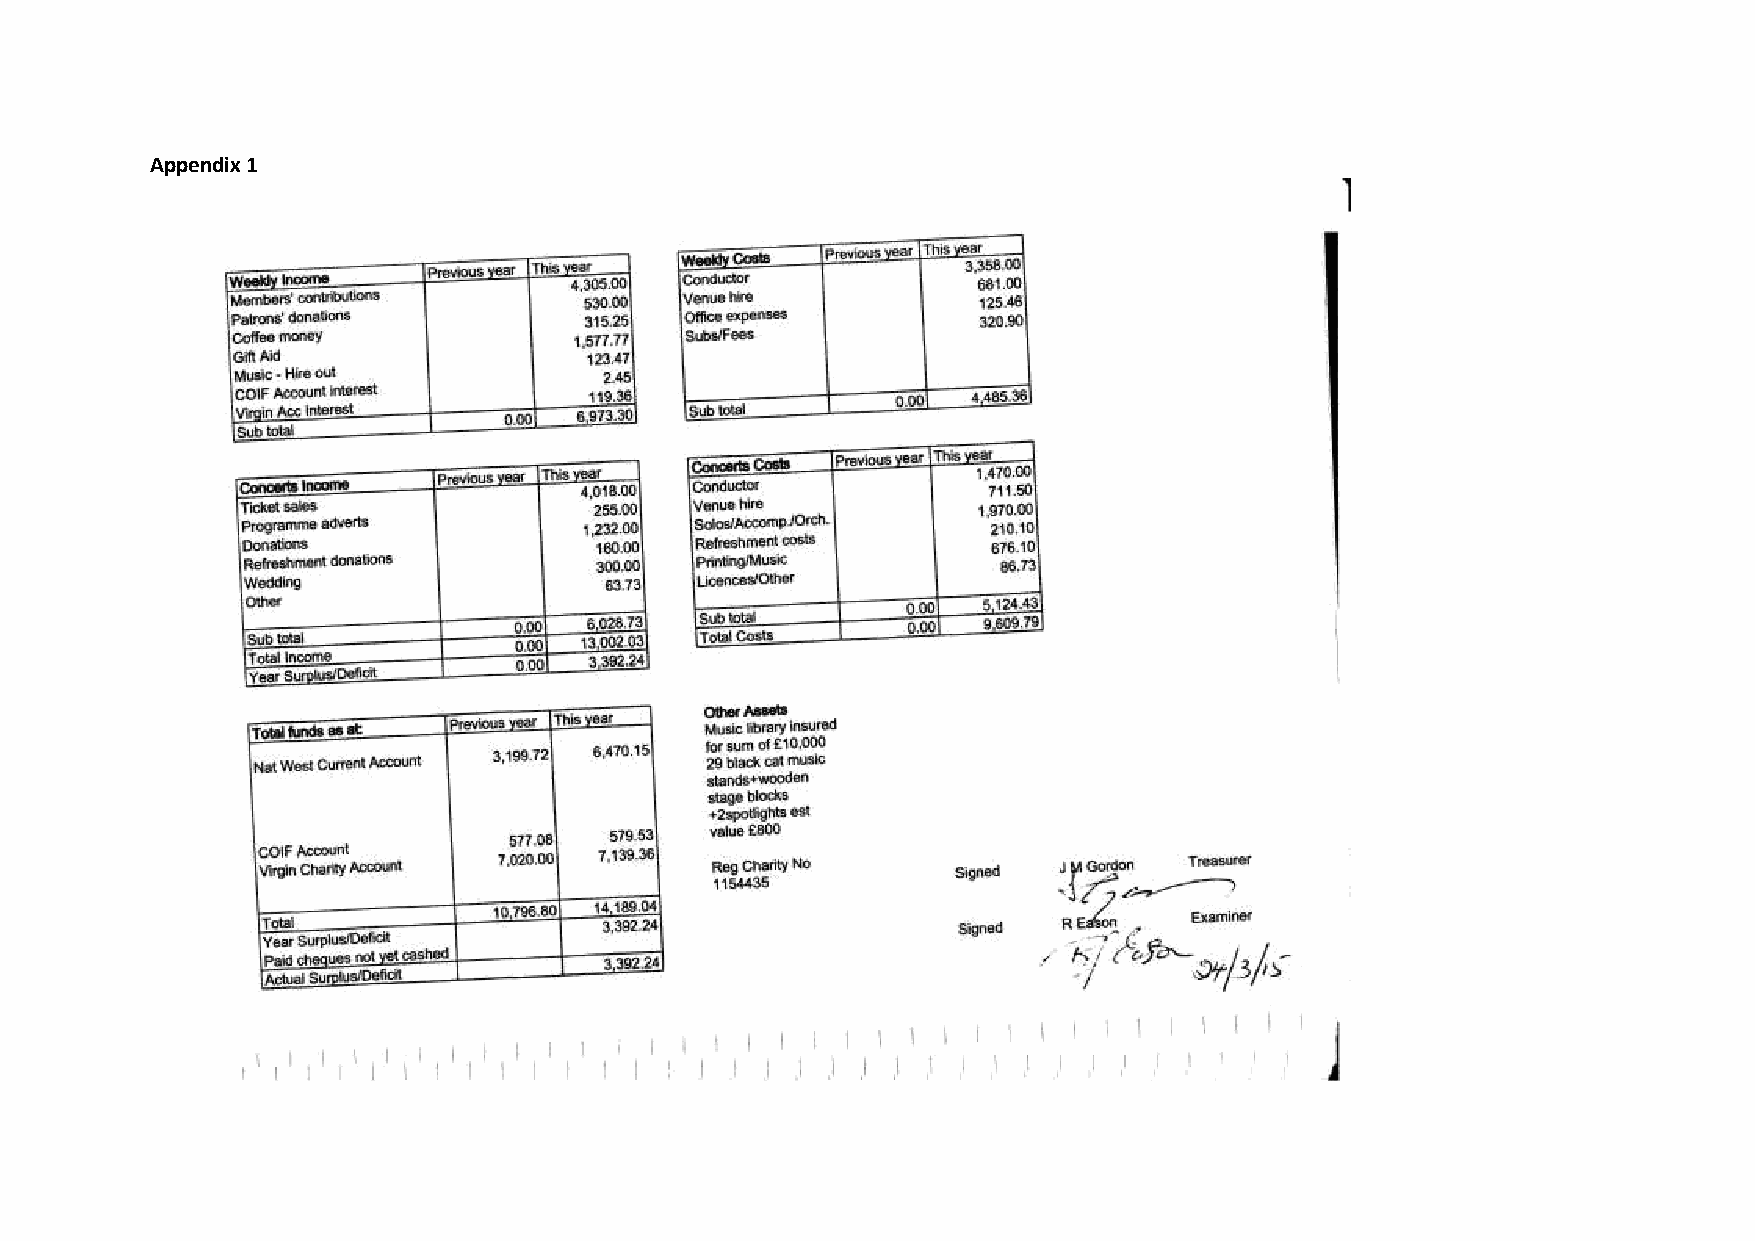
Appendix 1